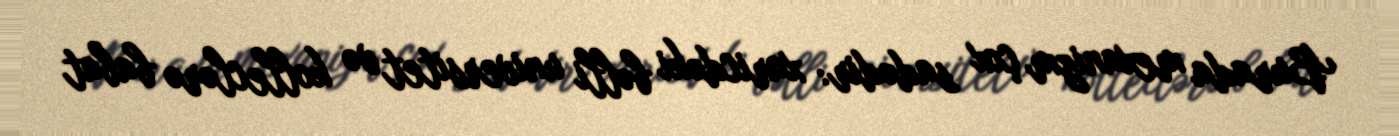
Burada mexanizm çox sadədir: xaricdəki bəlli universitet və kolleclərə babat